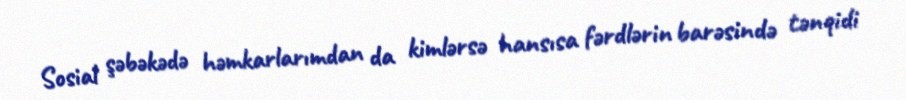
Sosial şəbəkədə həmkarlarımdan da kimlərsə hansısa fərdlərin barəsində tənqidi